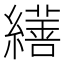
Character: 𦆇